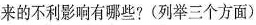
来的不利影响有哪些?(列举三个方面)